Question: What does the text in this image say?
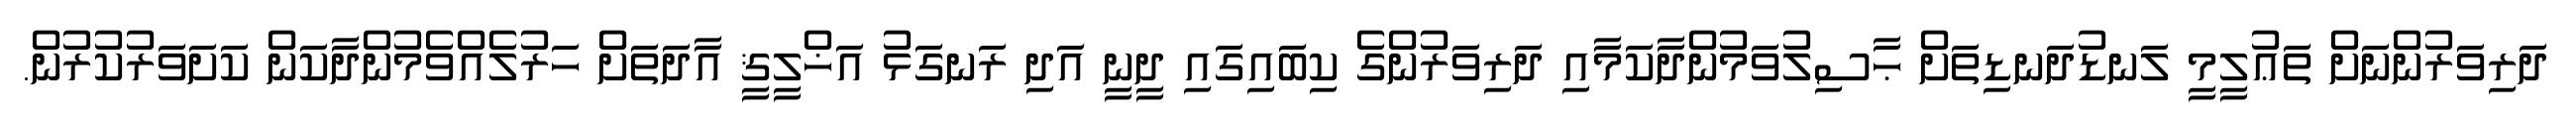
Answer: ދަރިވަރުންނަށް ތަޢުލީމީ ލަނޑުދަނޑިތަށް ޙާސިލުވަމުންދާކަމާއި ދަރިވަރުންގެ ކިބައިގައި ދީނީ އަދި ރަނގަޅު އަޚްލީޤީ އާދަތަށް ހަރުލެއްވެމުންދާކަން ކަށަވަރުކުރުން.